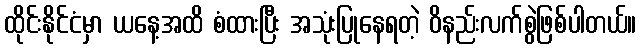
ထိုင်းနိုင်ငံမှာ ယနေ့အထိ စံထားပြီး အသုံးပြုနေရတဲ့ ဝိနည်းလက်စွဲဖြစ်ပါတယ်။